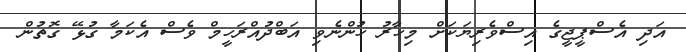
އަދި އެސްޕީޖީގެ އިސްވެރިޔަކަށް މިހާރު ހުންނެވި އަބްދުއްރަހީމް ވެސް އެކަމާ ގުޅޭ ގޮތުން